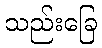
သည်းခြေ